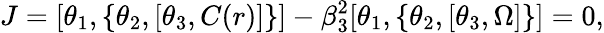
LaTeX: J=[\theta_{1},\{ \theta_{2},[\theta_{3},C(r)]\} ]-\beta_{3}^{2}[\theta_{1},\{ \theta_{2},[\theta_{3},\Omega]\} ]=0,